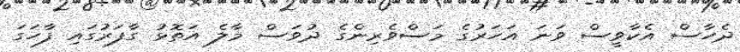
ދެހާސް އެކާވީސް ވަނަ އަހަރުގެ މަސްވެރިންގެ ދުވަސް މާލެ އަތޮޅު ގާފަރުގައި ފާހަގަ